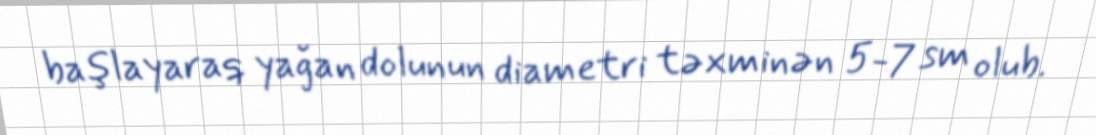
başlayaraq yağan dolunun diametri təxminən 5-7 sm olub.